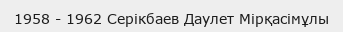
1958 - 1962 Серікбаев Даулет Мірқасімұлы